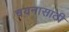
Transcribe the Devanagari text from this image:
चयनासाठी